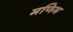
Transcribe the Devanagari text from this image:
मणिम